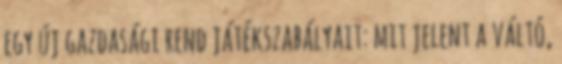
egy új gazdasági rend játékszabályait: mit jelent a váltó,